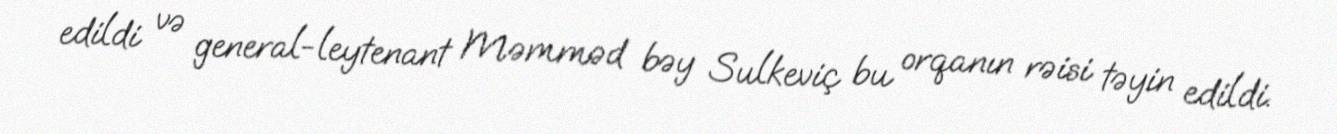
edildi və general-leytenant Məmməd bəy Sulkeviç bu orqanın rəisi təyin edildi.